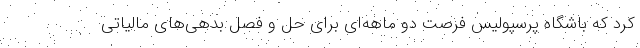
کرد که باشگاه پرسپولیس فرصت دو ماهه‌ای برای حل و فصل بدهی‌های مالیاتی